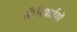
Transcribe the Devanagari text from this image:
सीरियाईयों